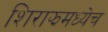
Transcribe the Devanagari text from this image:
शिराझमध्येच